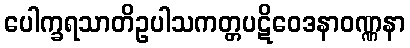
ပေါက္ခရသာတိဥပါသကတ္တပဋိဝေဒနာဝဏ္ဏနာ